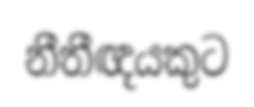
නීතීඥයකුට